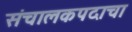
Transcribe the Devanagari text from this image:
संचालकपदाचा